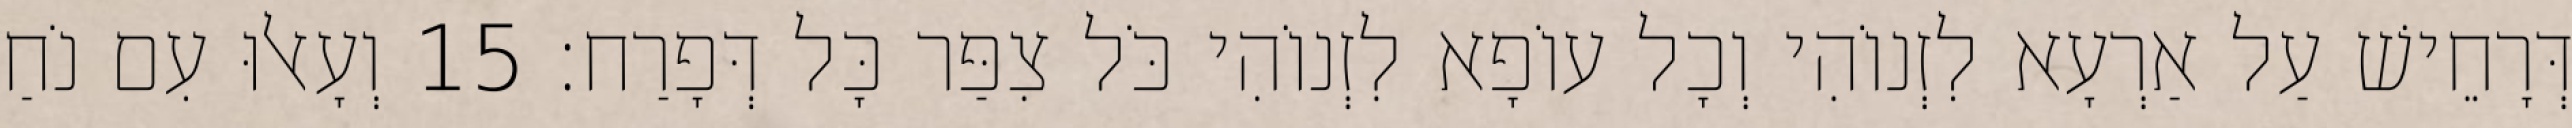
דְּרָחֵישׁ עַל אַרְעָא לִזְנוֹהִי וְכָל עוֹפָא לִזְנוֹהִי כֹּל צִפַּר כָּל דְּפָרַח׃ 15 וְעָאלוּ עִם נֹחַ